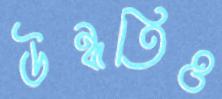
উন্নতিও